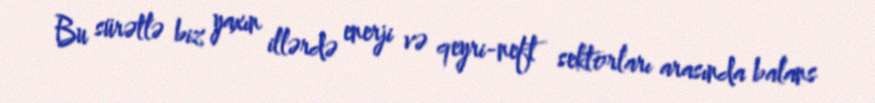
Bu sürətlə biz yaxın illərdə enerji və qeyri-neft sektorları arasında balans